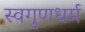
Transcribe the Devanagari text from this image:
स्वगुणधर्म